Vaccination in the Punjab 1919-1929 - 1919-1929
Year: 1919
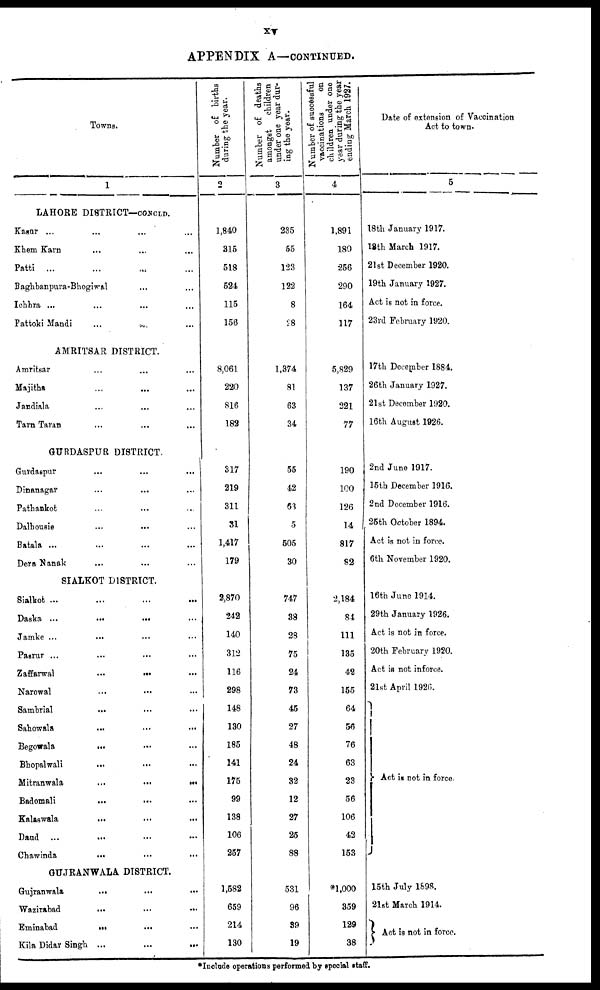
xv
APPENDIX A—CONTINUED.
Towns.
1
LAHORE DISTRICT—CONCLD.
Kasur ... ... ... ...
Khem Kara ... ... ...
Patti ... ... ... ... ...
Baghbanpura-Bhogiwal ... ...
Ichhra ... ... ... ... ...
Pattoki Mandi ... ... ...
AMRITSAR DISTRICT.
Amritsar ... ... ...
Majitha ... ... ...
Jandiala ... ... ...
Tarn Taran ... ... ...
GURDASPUR DISTRICT
Gurdaspur ... ... ...
Dinanagar ... ... ...
Pathankot ... ... ...
Dalhousie
...
...
...
Batala ... ... ... ...
Dera Nanak ... ... ...
SIALKOT DISTRICT.
Sialkot ... ... ... ...
Daska ...
...
...
...
Jamke ... ... ... ...
Pasrur ... ... ... ...
Zaffarwal
...
...
...
...
Narowal ... ... ... ...
Sambrial ... ... ... ...
Sahowala ... ... ... ...
Begowala ... ... ... ...
Bhopalwali ... ... ... ...
Mitranwala
...
...
...
...
Badomali
...
...
...
...
Kalaswala ... ... ... ...
Daud ... ... ... ...
Chawinda ... ... ... ...
GUJRANWALA DISTRICT.
Gujranwala ... ... ...
Wazirabad ... ... ...
Eminabad
...
...
...
Kila Didar Singh ... ... ...
Number of births
during the year.
2
1,840
315
518
524
115
156
8,061
220
816
182
317
219
311
31
1,417
179
2,870
242
140
312
116
298
148
130
185
141
175
99
138
106
257
1,582
659
214
130
Number of deaths
amongst
children
under one year dur-
ing the year.
3
235
55
123
122
8
28
1,374
81
63
34
55
42
63
5
505
30
747
38
28
75
24
73
45
27
48
24
32
12
27
25
88
531
96
39
19
Number of successful
vaccinations
on
children under one
year during the year
ending March 1927.
4
1,891
180
256
290
164
117
5,829
137
321
77
190
100
126
14
817
82
2,184
84
111
135
42
155
64
56
76
63
23
56
106
42
153
*1,000
359
129
38
Date of extension of Vaccination
Act to town.
5
18th January 1917.
18th March 1917.
21st December 1920.
19th January 1927.
Act is not in force.
23rd February 1920.
17th December 1884.
26th January 1927.
21st December 1920.
16th August 1926.
2nd June 1917.
15th December 1916.
2nd December 1916.
25th October 1894.
Act is not in force.
6th November 1920.
16th June 1914.
29th January 1926.
Act is not in force.
20th February 1920.
Act is not inforce.
21st April 1920.
Act is not in force.
15th July 1898.
21st March 1914.
Act is not in force.
*Include operations performed by special staff.